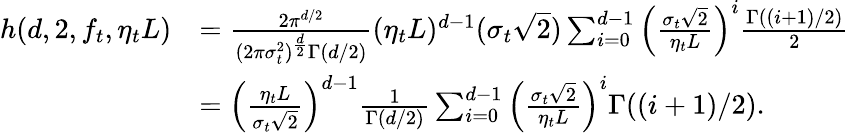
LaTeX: \begin{array}{rl}{h(d,2,f_{t},\eta_{t}L)}&{=\frac{2\pi^{d/2}}{(2\pi\sigma_{t}^{2})^{\frac{d}{2}}\Gamma(d/2)}(\eta_{t}L)^{d-1}(\sigma_{t}\sqrt{2})\sum_{i=0}^{d-1}\left(\frac{\sigma_{t}\sqrt{2}}{\eta_{t}L}\right)^{i}\frac{\Gamma((i+1)/2)}{2}}\\ &{=\left(\frac{\eta_{t}L}{\sigma_{t}\sqrt{2}}\right)^{d-1}\frac{1}{\Gamma(d/2)}\sum_{i=0}^{d-1}\left(\frac{\sigma_{t}\sqrt{2}}{\eta_{t}L}\right)^{i}\Gamma((i+1)/2).}\end{array}